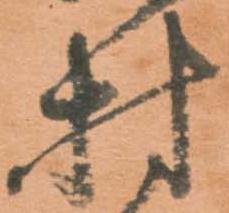
村